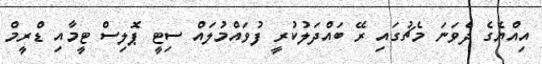
އިއްޔެގެ ދެވަނަ މެޗުގައި ރޭ ބައްދަލުކުރީ ފުވައްމުލައް ސިޓީ ޕޮލިސް ޓީމާއި ޑްރީމް